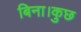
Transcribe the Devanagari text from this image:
बिना।कुछ